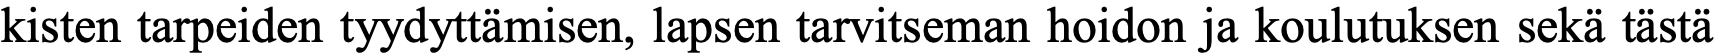
kisten tarpeiden tyydyttämisen, lapsen tarvitseman hoidon ja koulutuksen sekä tästä